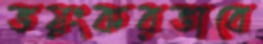
ভয়ংকরভাবে